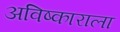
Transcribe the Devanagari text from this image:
अविष्काराला